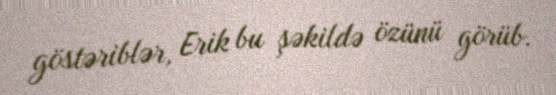
göstəriblər, Erik bu şəkildə özünü görüb.